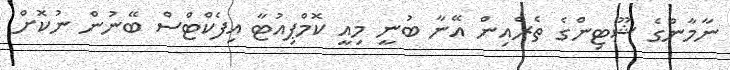
ނާމާންގެ ޝޫޓިންގެ ތެރެއިން އޭނާ ބުނީ މިއީ ކޮމްޕިއުޓާ އިފެކްޓްސް ބޭނުން ނުކޮށް